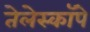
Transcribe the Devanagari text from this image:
तेलेस्कॉपे